65_HS1-834228961_62-HQ-83894_Section_8
Agency: FBI
Page 179
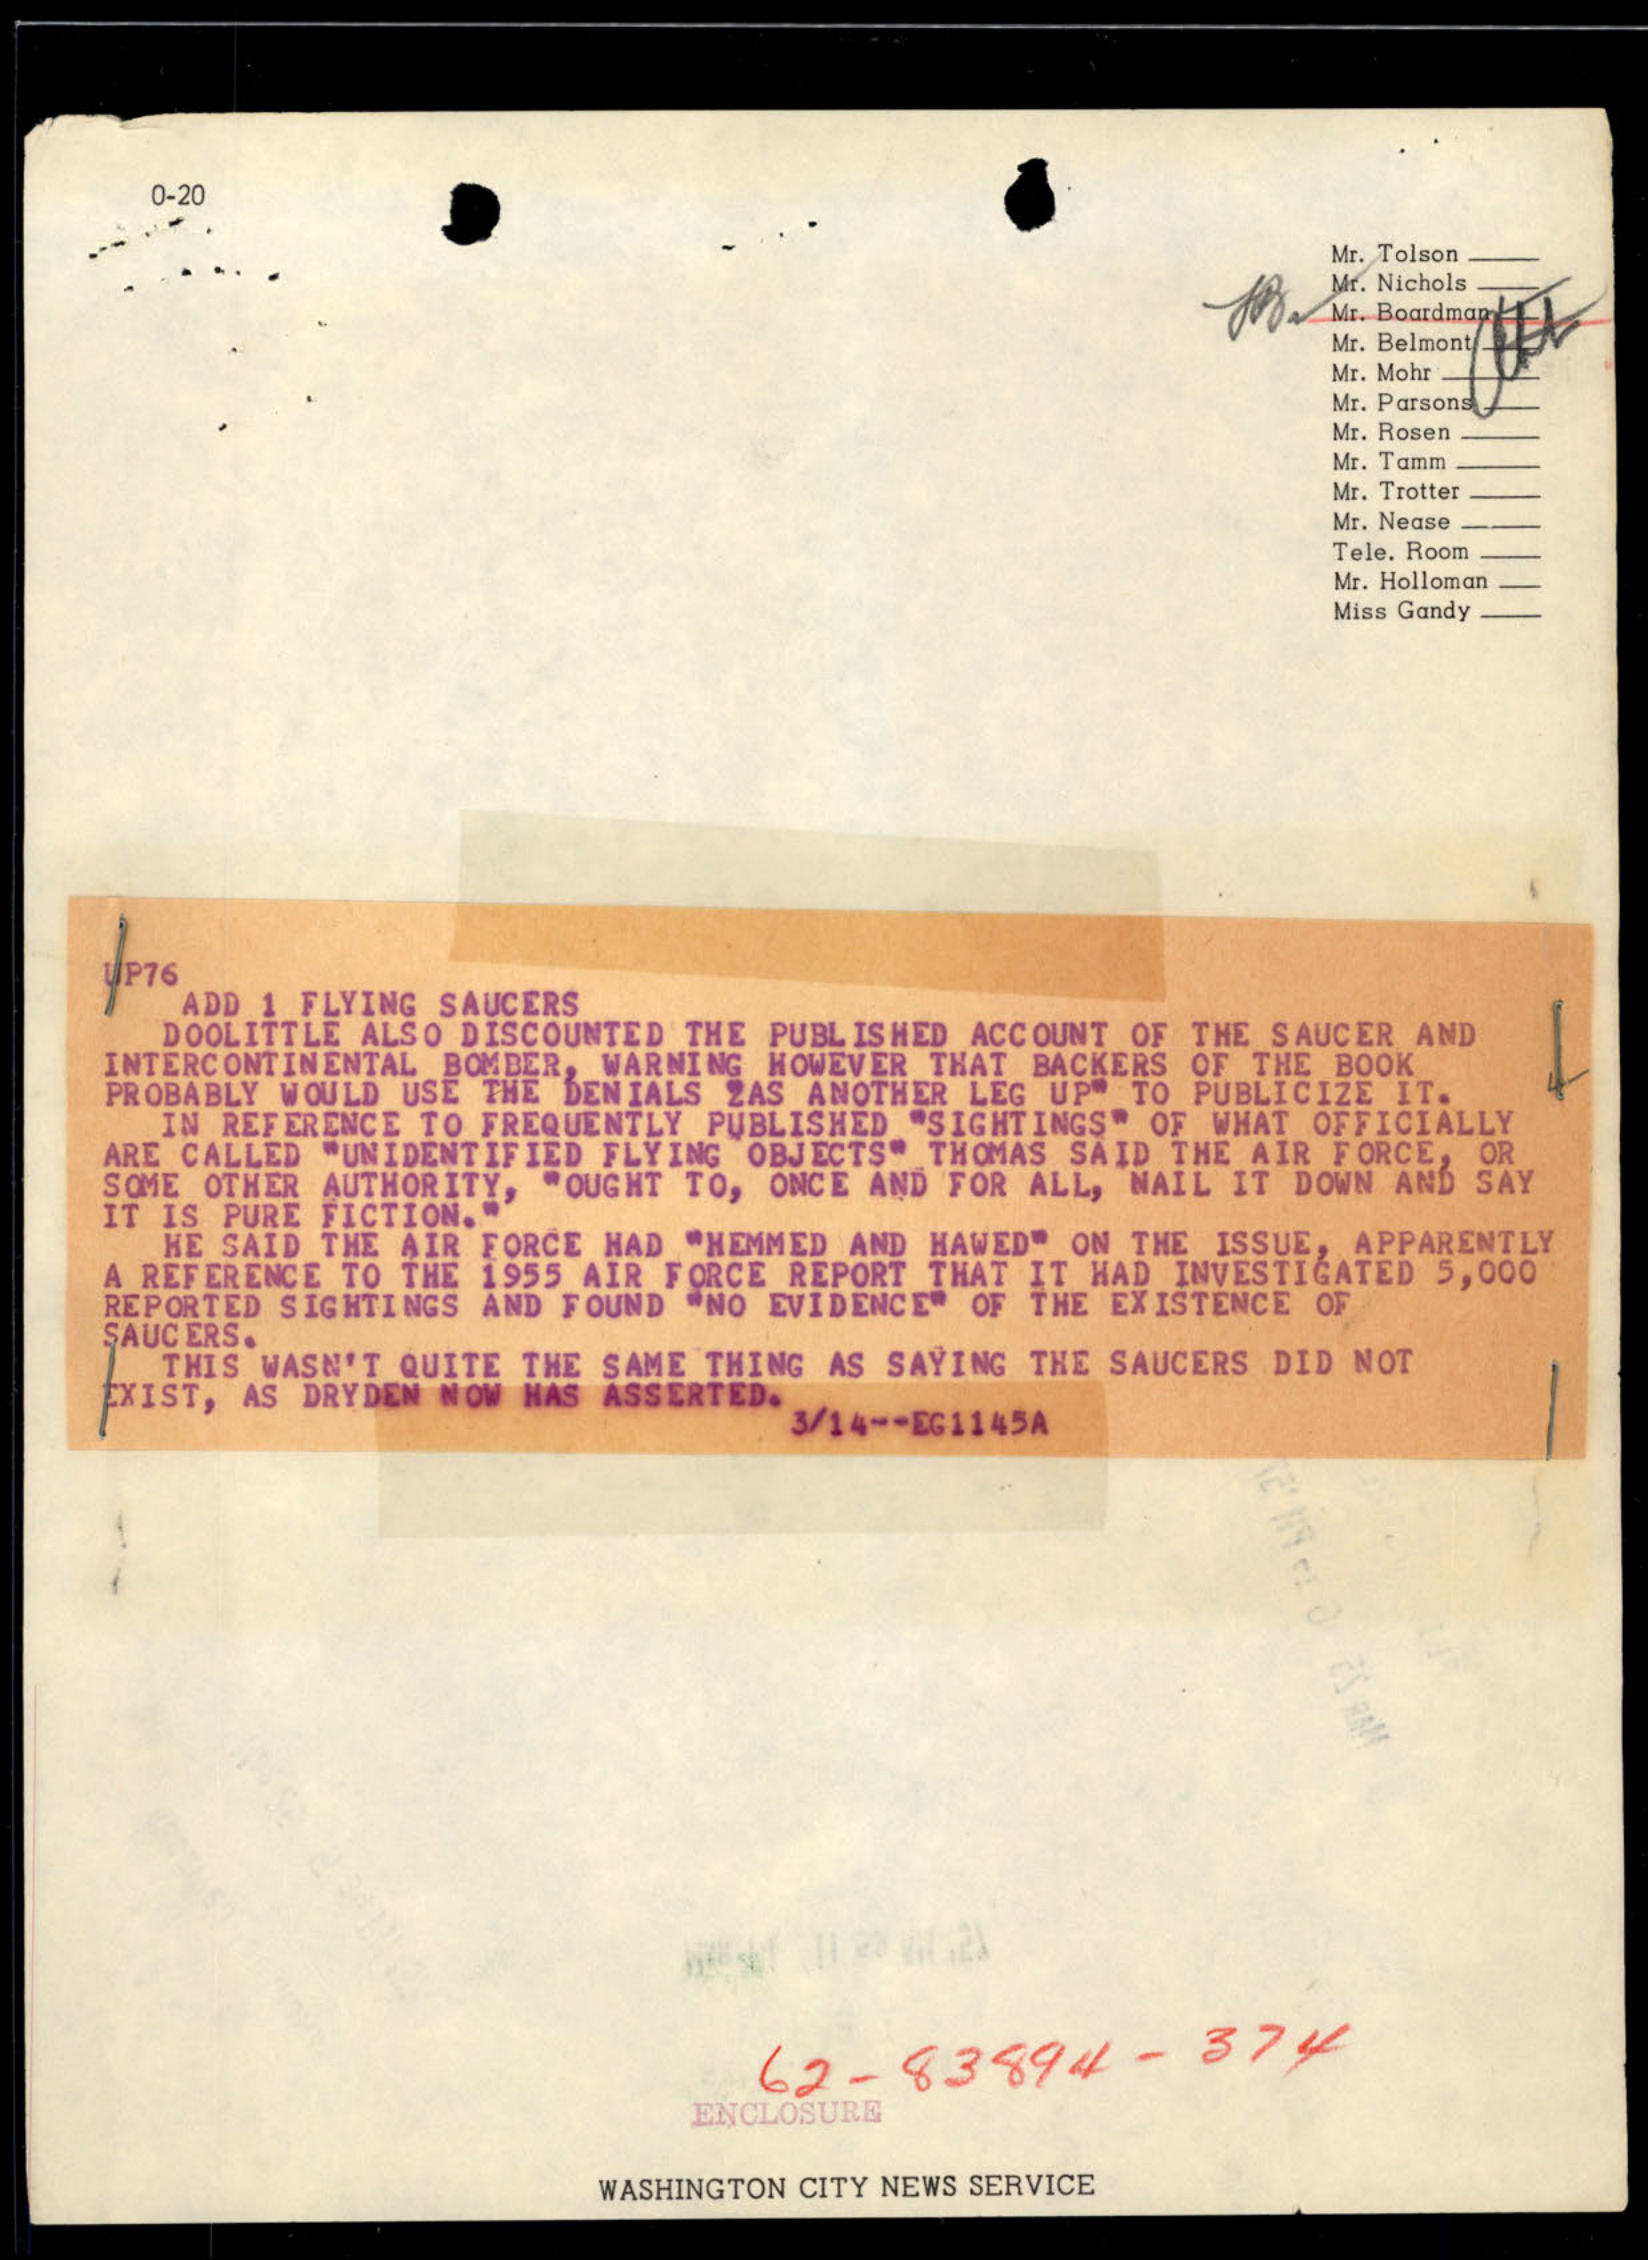